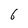
Character: 6